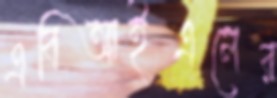
এবিআইএলের